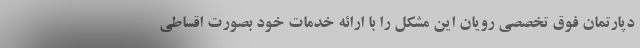
دپارتمان فوق تخصصی رویان این مشکل را با ارائه خدمات خود بصورت اقساطی